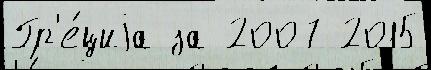
Гр'е́циjа за 2007 2015